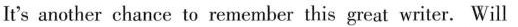
It's another chance to remember this great writer. Will